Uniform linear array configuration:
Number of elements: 8
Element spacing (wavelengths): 1
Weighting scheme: exponential
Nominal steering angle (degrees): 60
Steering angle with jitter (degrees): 61.612
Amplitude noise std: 0.05
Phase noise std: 0.05

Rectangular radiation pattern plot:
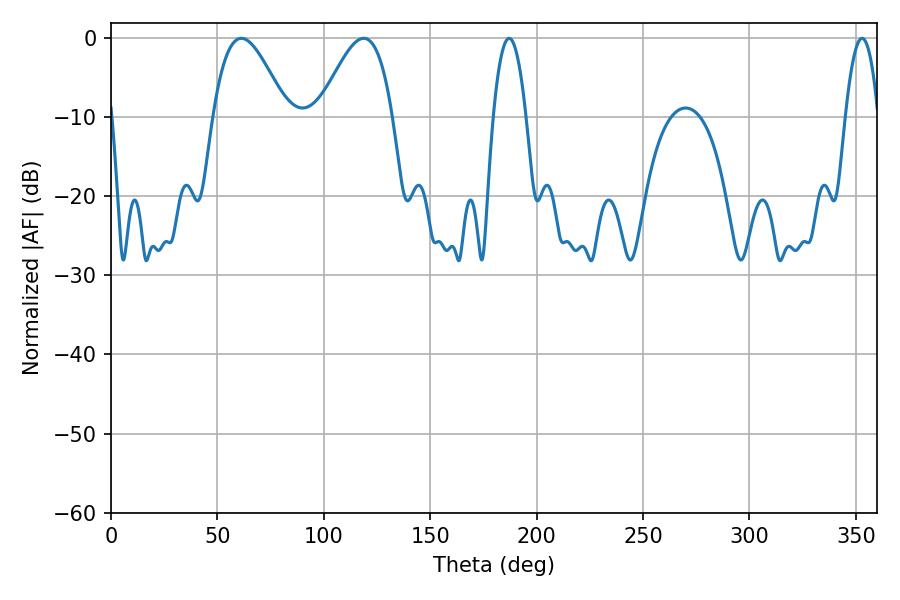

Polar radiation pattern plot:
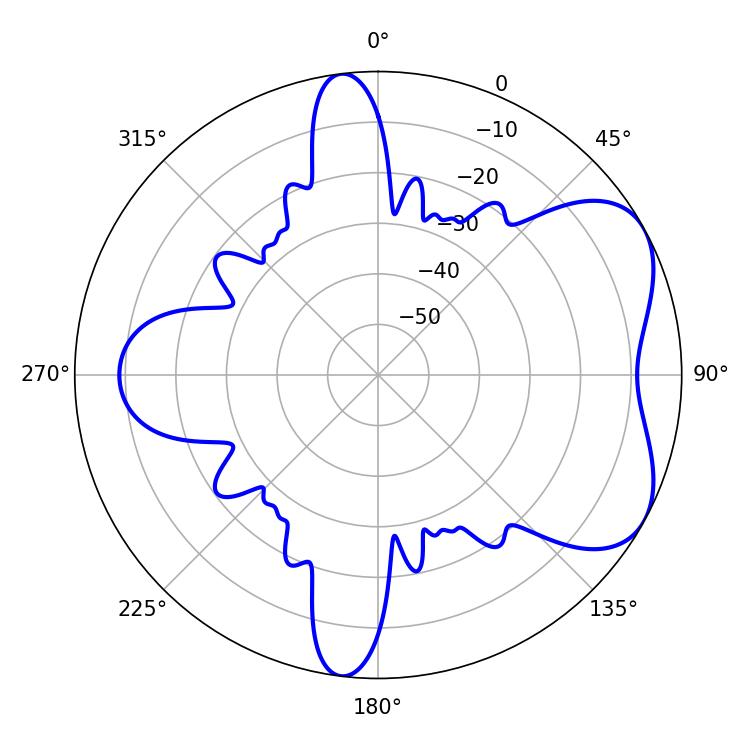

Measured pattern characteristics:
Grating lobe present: TRUE
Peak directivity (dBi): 5.485
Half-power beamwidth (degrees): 18.72
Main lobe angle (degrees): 61.2